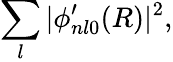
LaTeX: \sum_{l}|\phi_{nl0}^{\prime}(R)|^{2},